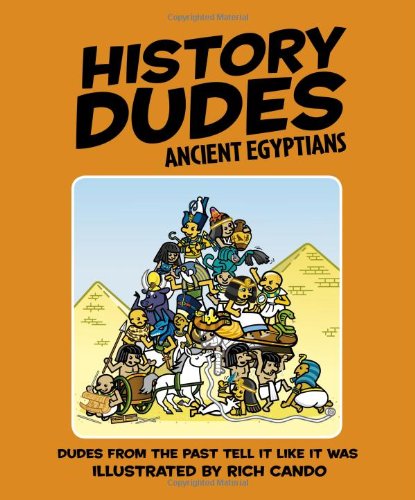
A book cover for Ancient Egyptians (History Dudes); Rich Cando; Children's Books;